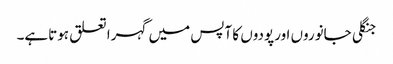
جنگلی جانوروں اورپودوں کا آپس میں گہرا تعلق ہوتاہے۔